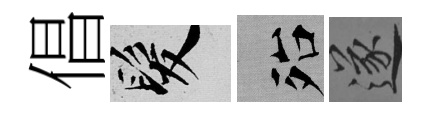
倡髮殆遂